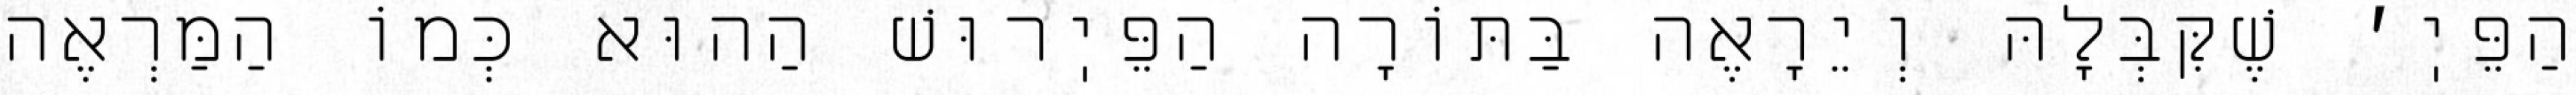
הַפֵּיֽ׳ שֶׁקִּבְּלָהּ וְיֵרָאֶה בַּתּוֹרָה הַפֵּיֽרוּשׁ הַהוּא כְּמוֹ הַמַּרְאֶה